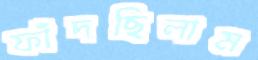
ফাঁদছিলাম